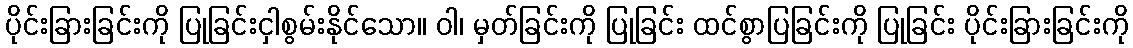
ပိုင်းခြားခြင်းကို ပြုခြင်းငှါစွမ်းနိုင်သော။ ဝါ၊ မှတ်ခြင်းကို ပြုခြင်း ထင်စွာပြခြင်းကို ပြုခြင်း ပိုင်းခြားခြင်းကို